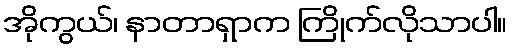
အိုကွယ်၊ နာတာရှာက ကြိုက်လိုသာပါ။